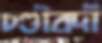
চণ্ডীবর্দী